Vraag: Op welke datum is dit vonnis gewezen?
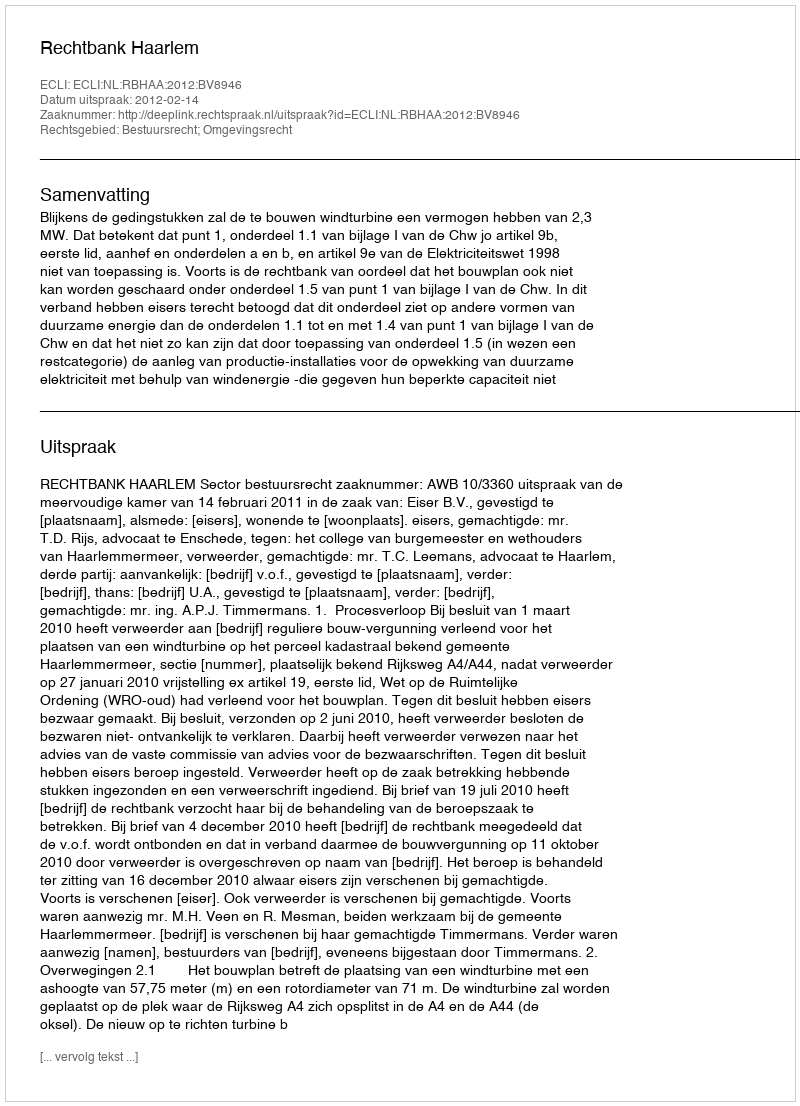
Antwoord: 2012-02-14